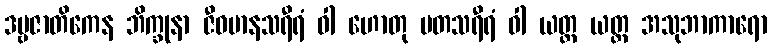
ဒဗ္ဗဇာတိကေန ဘိက္ခုနာ ဇီဝမာနသရီရံ ဝါ ဟောတု မတသရီရံ ဝါ ယတ္ထ ယတ္ထ အသုဘာကာရော